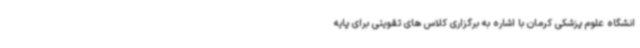
انشگاه علوم پزشکی کرمان با اشاره به برگزاری کلاس های تقویتی برای پایه